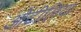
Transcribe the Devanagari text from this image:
ओटीलिया